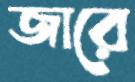
জারে